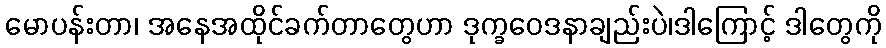
မောပန်းတာ၊ အနေအထိုင်ခက်တာတွေဟာ ဒုက္ခဝေဒနာချည်းပဲ၊ဒါကြောင့် ဒါတွေကို